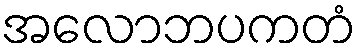
အလောဘပကတံ